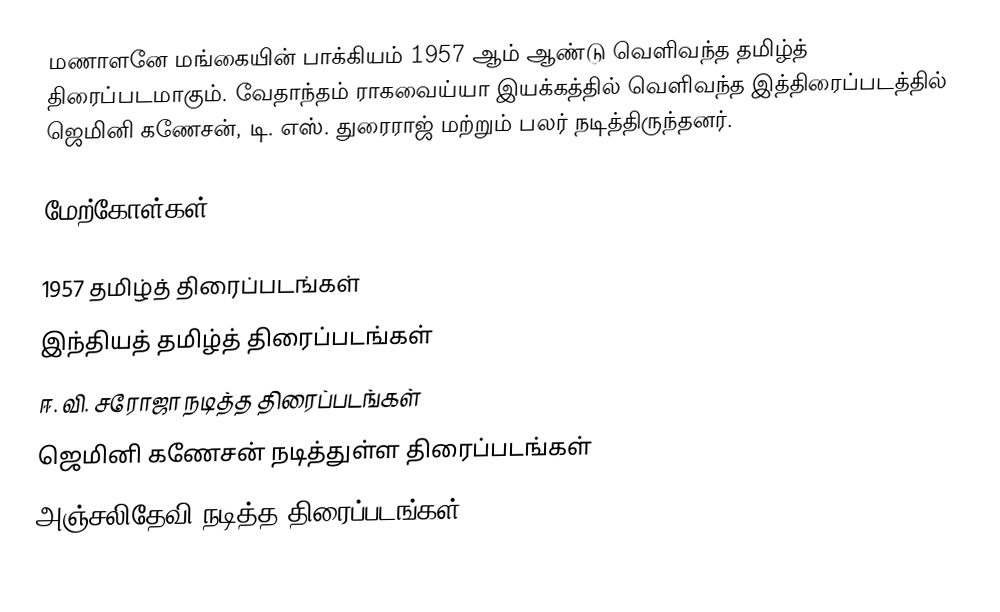
மணாளனே மங்கையின் பாக்கியம் 1957 ஆம் ஆண்டு வெளிவந்த தமிழ்த் திரைப்படமாகும். வேதாந்தம் ராகவைய்யா இயக்கத்தில் வெளிவந்த இத்திரைப்படத்தில் ஜெமினி கணேசன், டி. எஸ். துரைராஜ் மற்றும் பலர் நடித்திருந்தனர்.

மேற்கோள்கள்

1957 தமிழ்த் திரைப்படங்கள்
இந்தியத் தமிழ்த் திரைப்படங்கள்
ஈ. வி. சரோஜா நடித்த திரைப்படங்கள்
ஜெமினி கணேசன் நடித்துள்ள திரைப்படங்கள்
அஞ்சலிதேவி நடித்த திரைப்படங்கள்